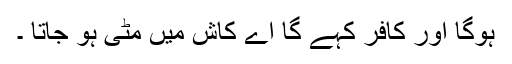
ہوگا اور کافر کہے گا اے کاش میں مٹی ہو جاتا ۔